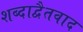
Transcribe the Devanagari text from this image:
शब्दाद्वैतवाद